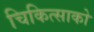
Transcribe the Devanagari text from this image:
चिकित्‍साको